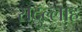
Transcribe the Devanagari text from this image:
सदुल्‍लाह